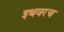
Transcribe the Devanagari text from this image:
इथवरच